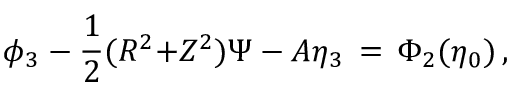
\phi _ { 3 } - \frac 1 2 ( R ^ { 2 } { + } Z ^ { 2 } ) \Psi - A \eta _ { 3 } \, = \, \Phi _ { 2 } ( \eta _ { 0 } ) \, ,